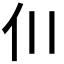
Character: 𫢇